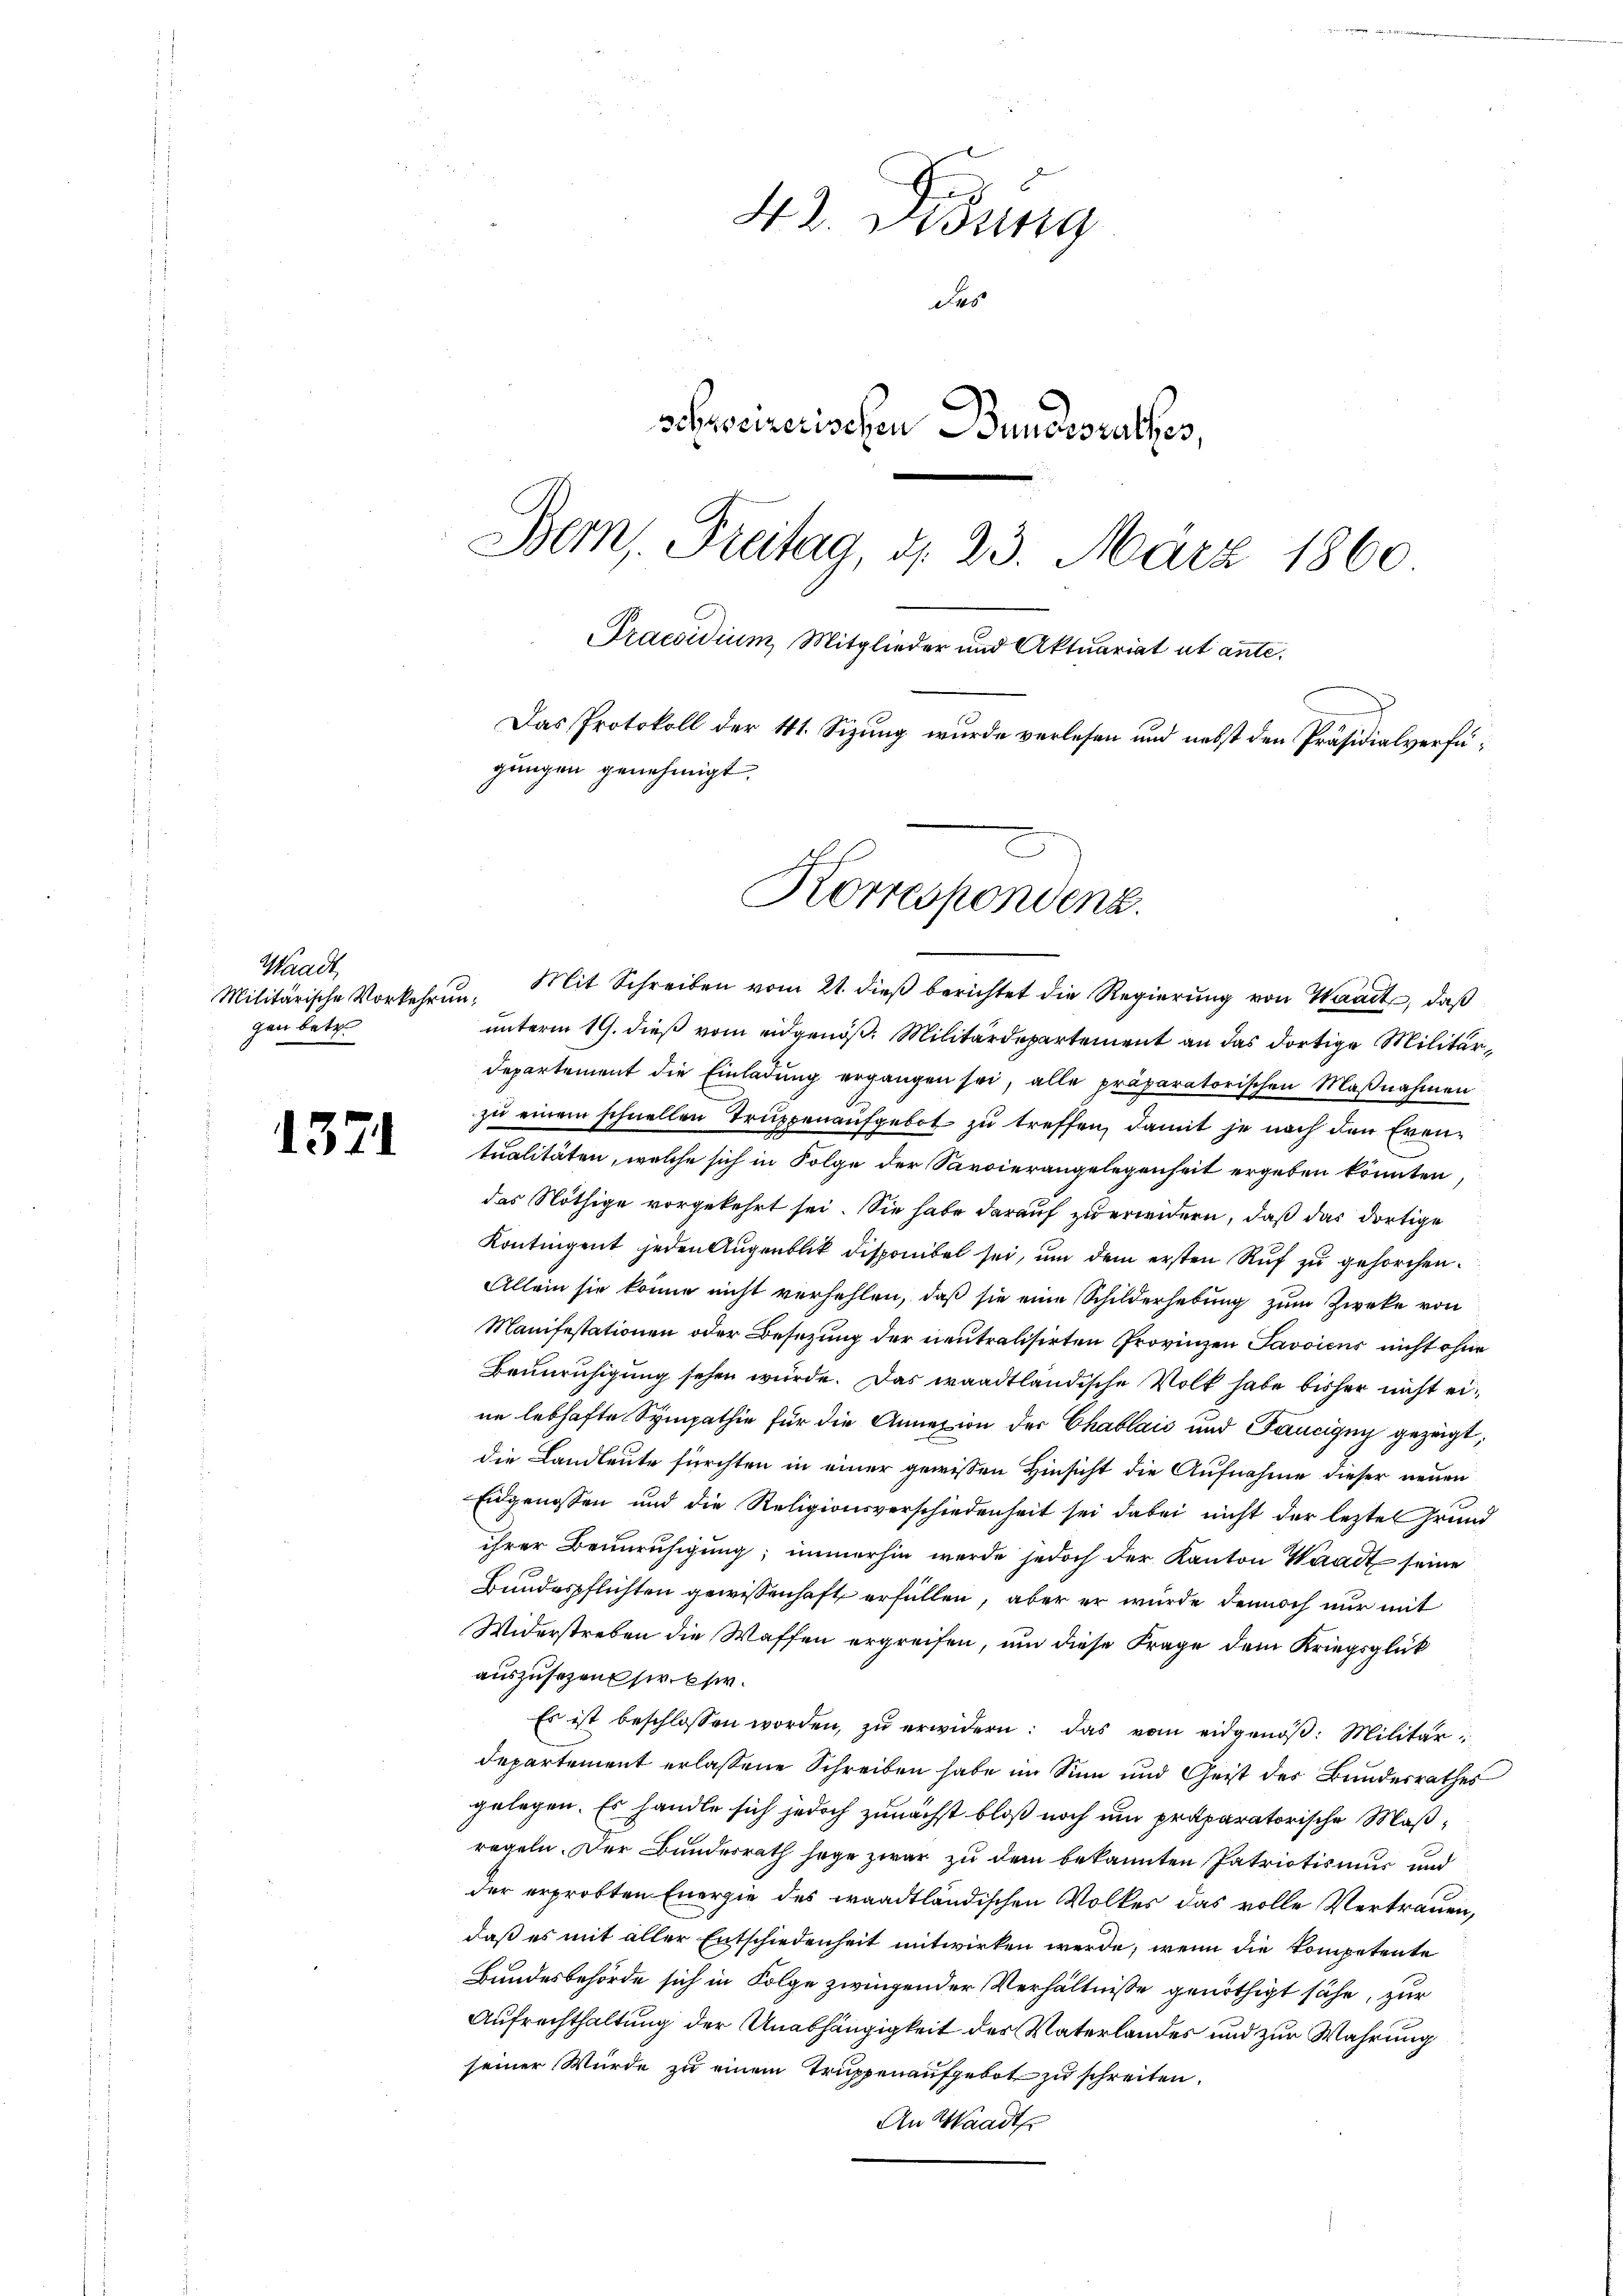
1371

4l. 2 Bring
des
schweizerischen Bundesrathes,
Bern. Freitag, d. 23. März 1860
Praesidium, Mitglieder und Aktuariat ut ante¬
Das Protokoll der 41. Sizung wurde verlesen und nebst den Präsidialverfügungen genehmigt.
Korrespondenz.

Waadt
Militärische Vorkehrung
gen betr.

Mit Schreiben vom 21. dieß berichtet die Regierung von Waadt, daß
unterm 19. dieß vom eidgenöß: Militärdepartement an das dortige Militär¬
Departement die Einladung ergangen sei, alle präparatorischen Maßnahmen
zu einem schnellen Truppenaufgebot zu treffen, damit je nach den Eventualitäten, welche sich in Folge der Sarvierangelegenheit ergeben könnten
das Nöthige vorgekehrt sei. Sie habe darauf zu erwidern, daß das dortige
Kontingent jeden Augenblik disponibel sei, um dem ersten Ruf zu gehorchen.
Allein sie könne nicht verfehlen, daß sie eine Schilderhebung zum Zwecke von
Manifestationen oder Besetzung der neutralisirten Provinzen Savoicus nicht ohne
Beunruhigung sehen würde. Das waadtländische Volk habe bisher nicht eine lebhafte Sympathie für die Annazion der Chablaić und Faucigny gezeigt,
die Landleute fürchten in einer gewissen Hinsicht die Aufnahme dieser neuen
Eidgenossen und die Religionsverschiedenheit sei dabei nicht der lezten Grund
ihrer Beunruhigung; immerhin werde jedoch der Kanton Waadt seine
Bundespflichten gewissenhaft erfüllen, aber er wurde dennoch nur mit
Widerstreben die Waffen ergreifen, um diese Frage dem Kriegsglück
auszusehen sie ehr¬
Es ist beschlossen worden, zu erwidern: das vom eidgenöß: Militärdepartement erlassene Schreiben habe im Sinn und Geist des Bundesrathes
gelegen. Es handle sich jedoch zunächst bloß noch um präparatorische Maßregeln. Der Bundesrath sage zwar zu dem bekannten Patriotismus und
der erprobten Energie des waadtländischen Volkes das volle Vertrauen,
daß es mit aller Entschiedenheit mitwirken werde, wenn die Kompetente
Bundesbehörde sich in Folge zwingender Verhältnisse genöthigt sähe, zur
Aufrechthaltung der Unabhängigkeit des Vaterlandes und zur Wahrung
seiner Würde zu einem Truppenaufgebot zu schreiten.
An Waadt